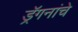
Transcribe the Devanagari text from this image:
ड्रॅगनांचे